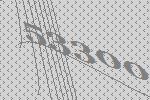
53300